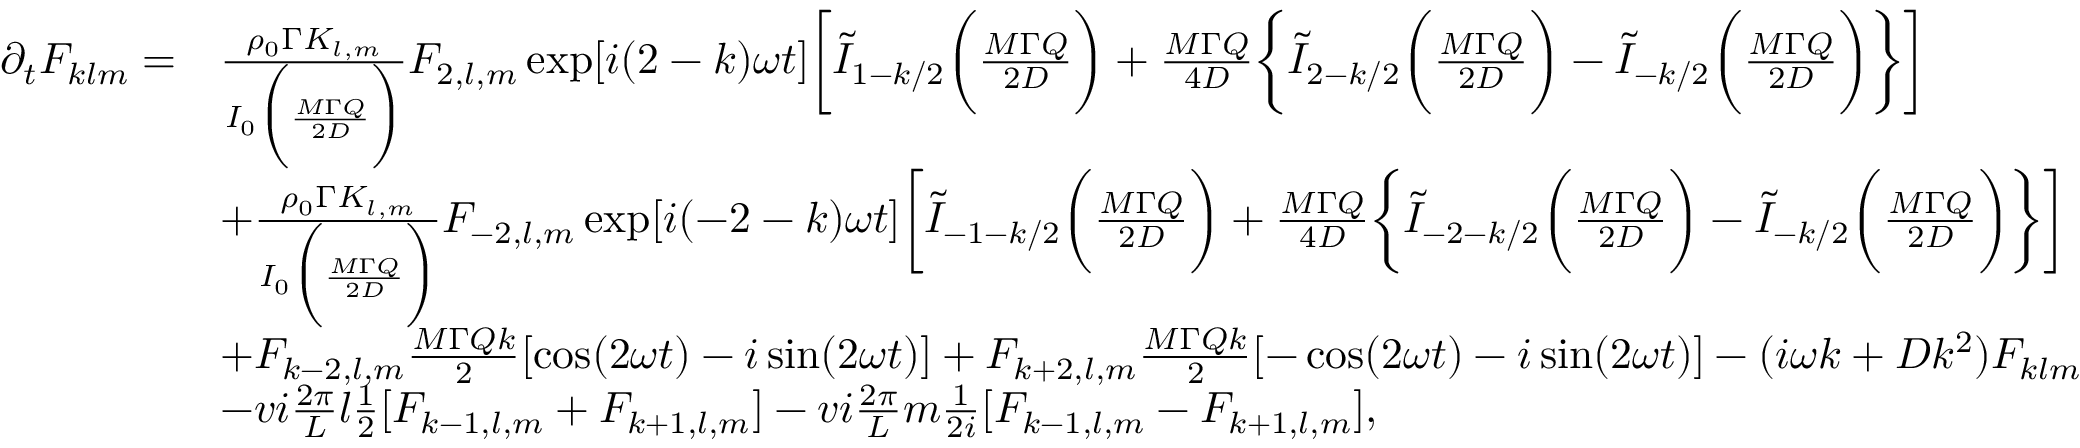
\begin{array} { r l } { \partial _ { t } F _ { k l m } = } & { \frac { \rho _ { 0 } \Gamma K _ { l , m } } { I _ { 0 } \bigg ( \frac { M \Gamma Q } { 2 D } \bigg ) } F _ { 2 , l , m } \exp [ i ( 2 - k ) \omega t ] \bigg [ \tilde { I } _ { 1 - k / 2 } \bigg ( \frac { M \Gamma Q } { 2 D } \bigg ) + \frac { M \Gamma Q } { 4 D } \bigg \{ \tilde { I } _ { 2 - k / 2 } \bigg ( \frac { M \Gamma Q } { 2 D } \bigg ) - \tilde { I } _ { - k / 2 } \bigg ( \frac { M \Gamma Q } { 2 D } \bigg ) \bigg \} \bigg ] } \\ & { + \frac { \rho _ { 0 } \Gamma K _ { l , m } } { I _ { 0 } \bigg ( \frac { M \Gamma Q } { 2 D } \bigg ) } F _ { - 2 , l , m } \exp [ i ( - 2 - k ) \omega t ] \bigg [ \tilde { I } _ { - 1 - k / 2 } \bigg ( \frac { M \Gamma Q } { 2 D } \bigg ) + \frac { M \Gamma Q } { 4 D } \bigg \{ \tilde { I } _ { - 2 - k / 2 } \bigg ( \frac { M \Gamma Q } { 2 D } \bigg ) - \tilde { I } _ { - k / 2 } \bigg ( \frac { M \Gamma Q } { 2 D } \bigg ) \bigg \} \bigg ] } \\ & { + F _ { k - 2 , l , m } \frac { M \Gamma Q k } { 2 } [ \cos ( 2 \omega t ) - i \sin ( 2 \omega t ) ] + F _ { k + 2 , l , m } \frac { M \Gamma Q k } { 2 } [ - \cos ( 2 \omega t ) - i \sin ( 2 \omega t ) ] - ( i \omega k + D k ^ { 2 } ) F _ { k l m } } \\ & { - v i \frac { 2 \pi } { L } l \frac { 1 } { 2 } [ F _ { k - 1 , l , m } + F _ { k + 1 , l , m } ] - v i \frac { 2 \pi } { L } m \frac { 1 } { 2 i } [ F _ { k - 1 , l , m } - F _ { k + 1 , l , m } ] , } \end{array}